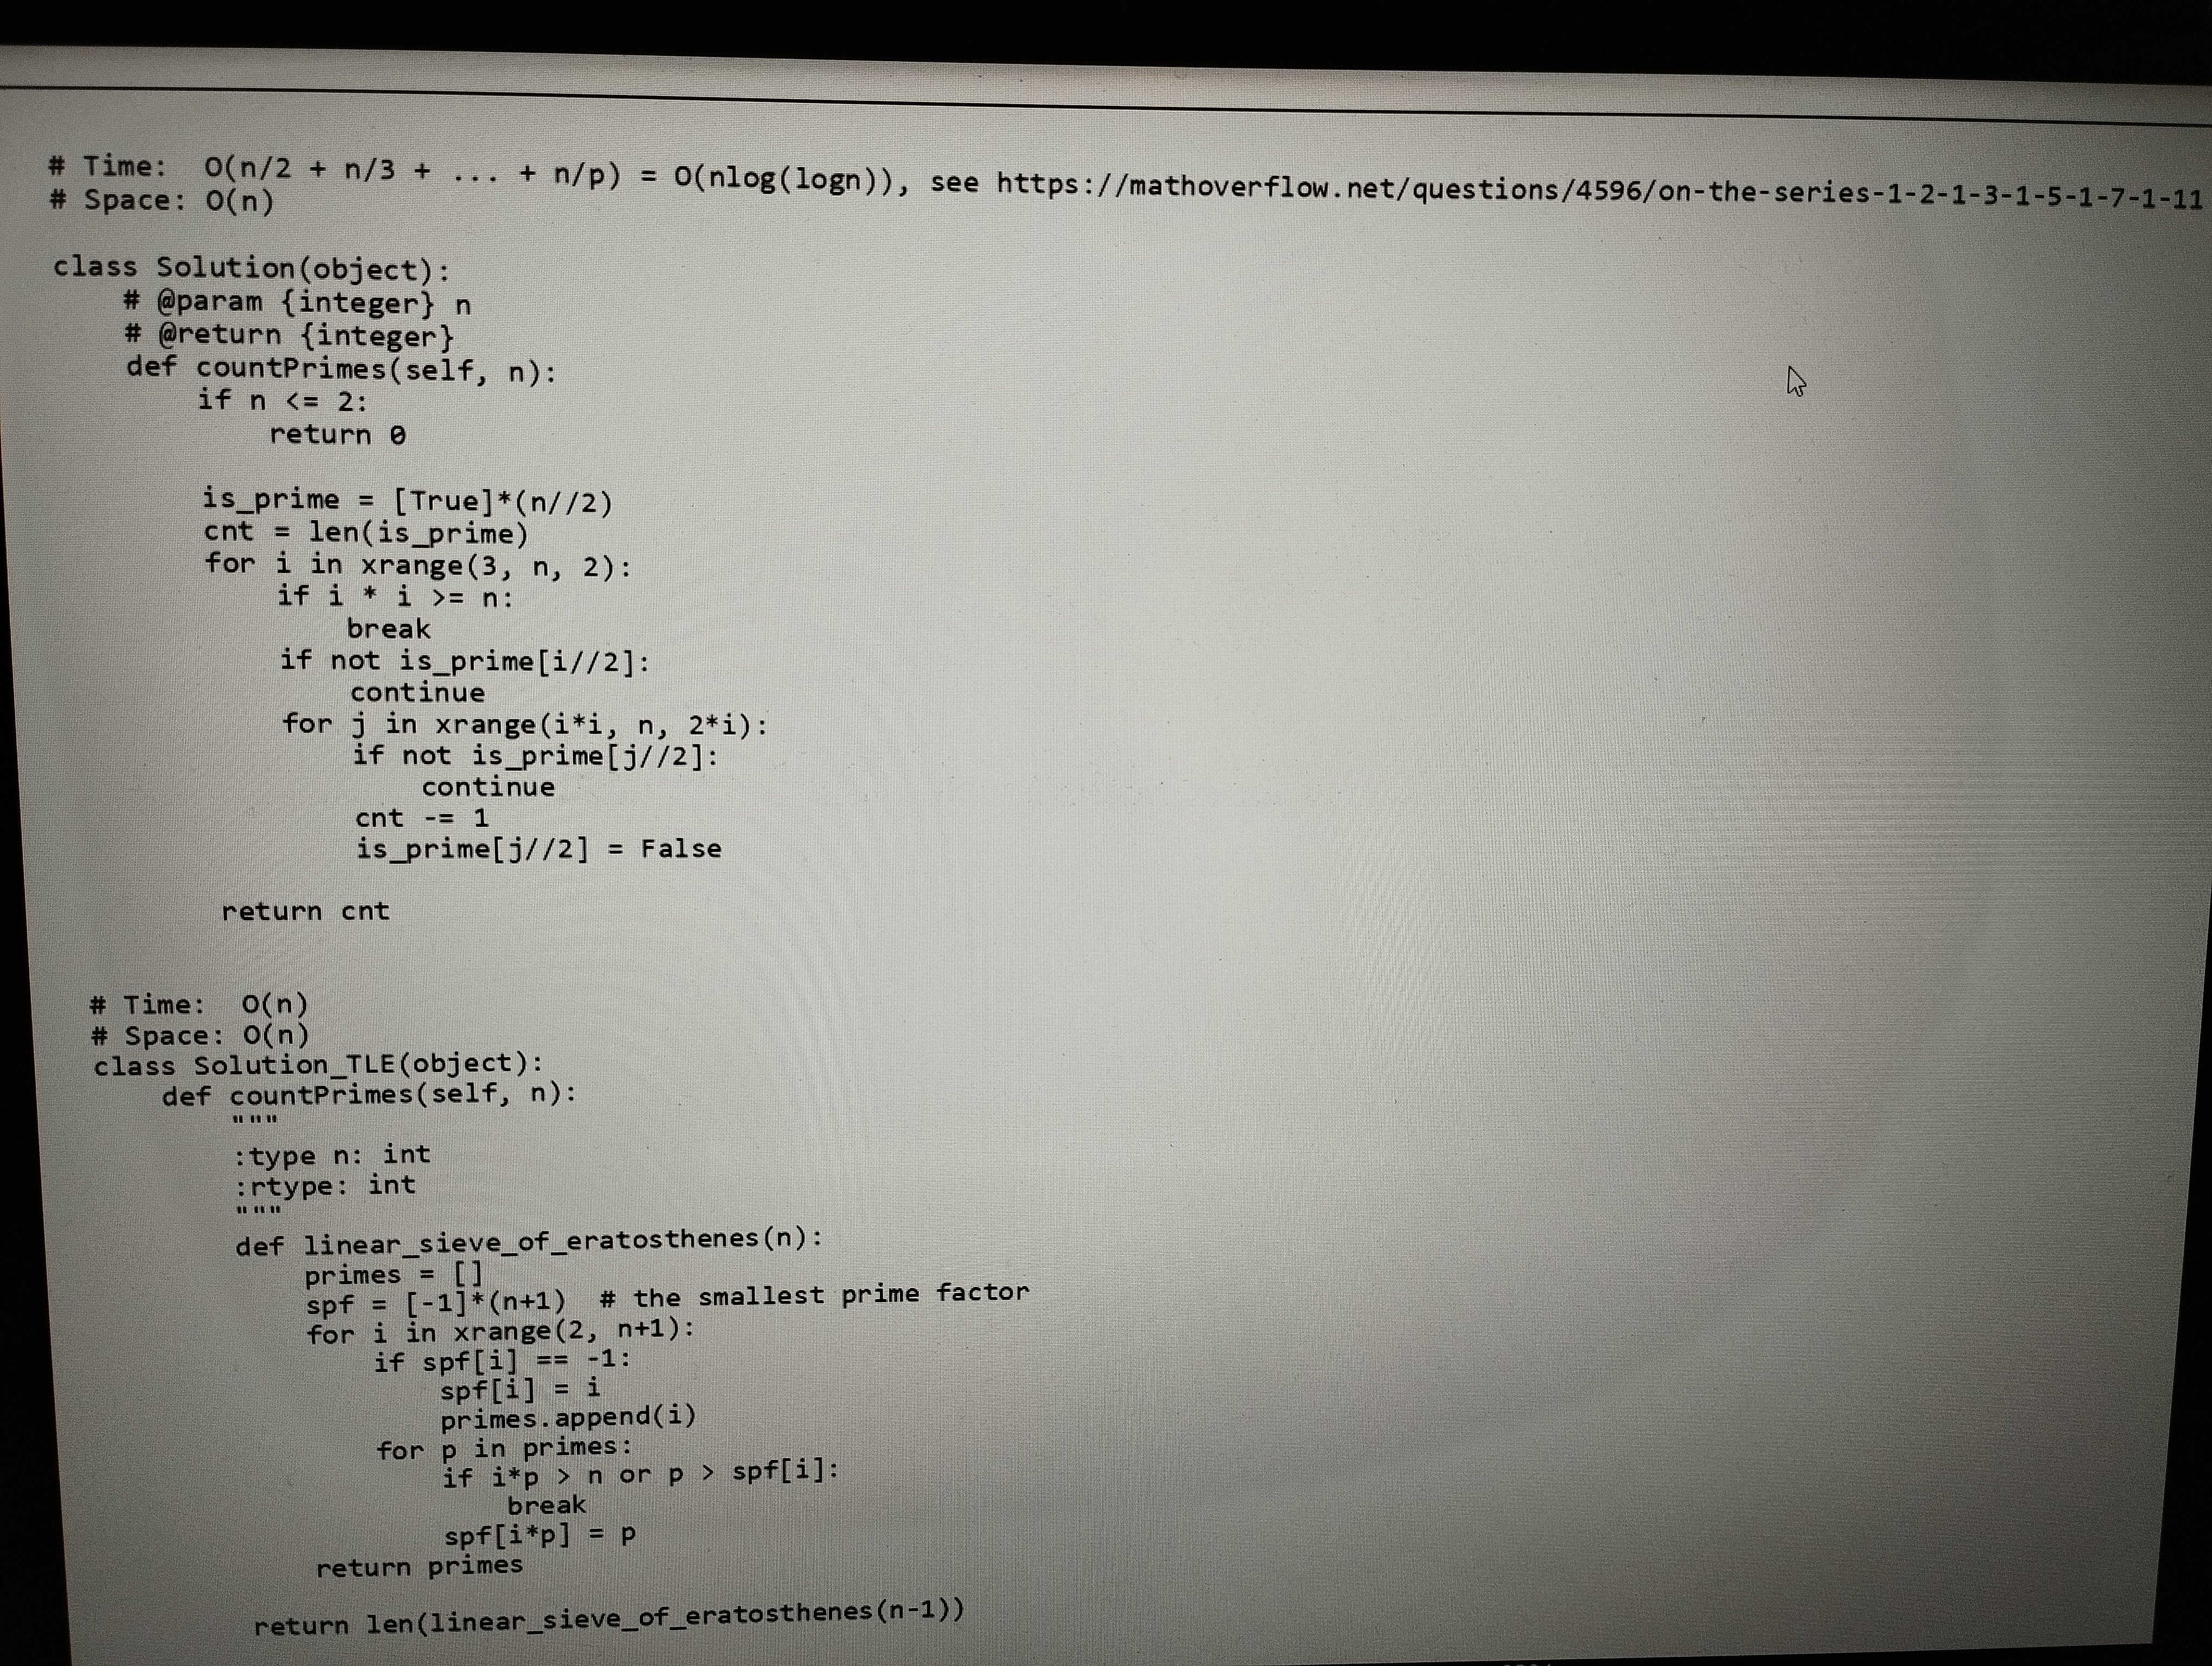
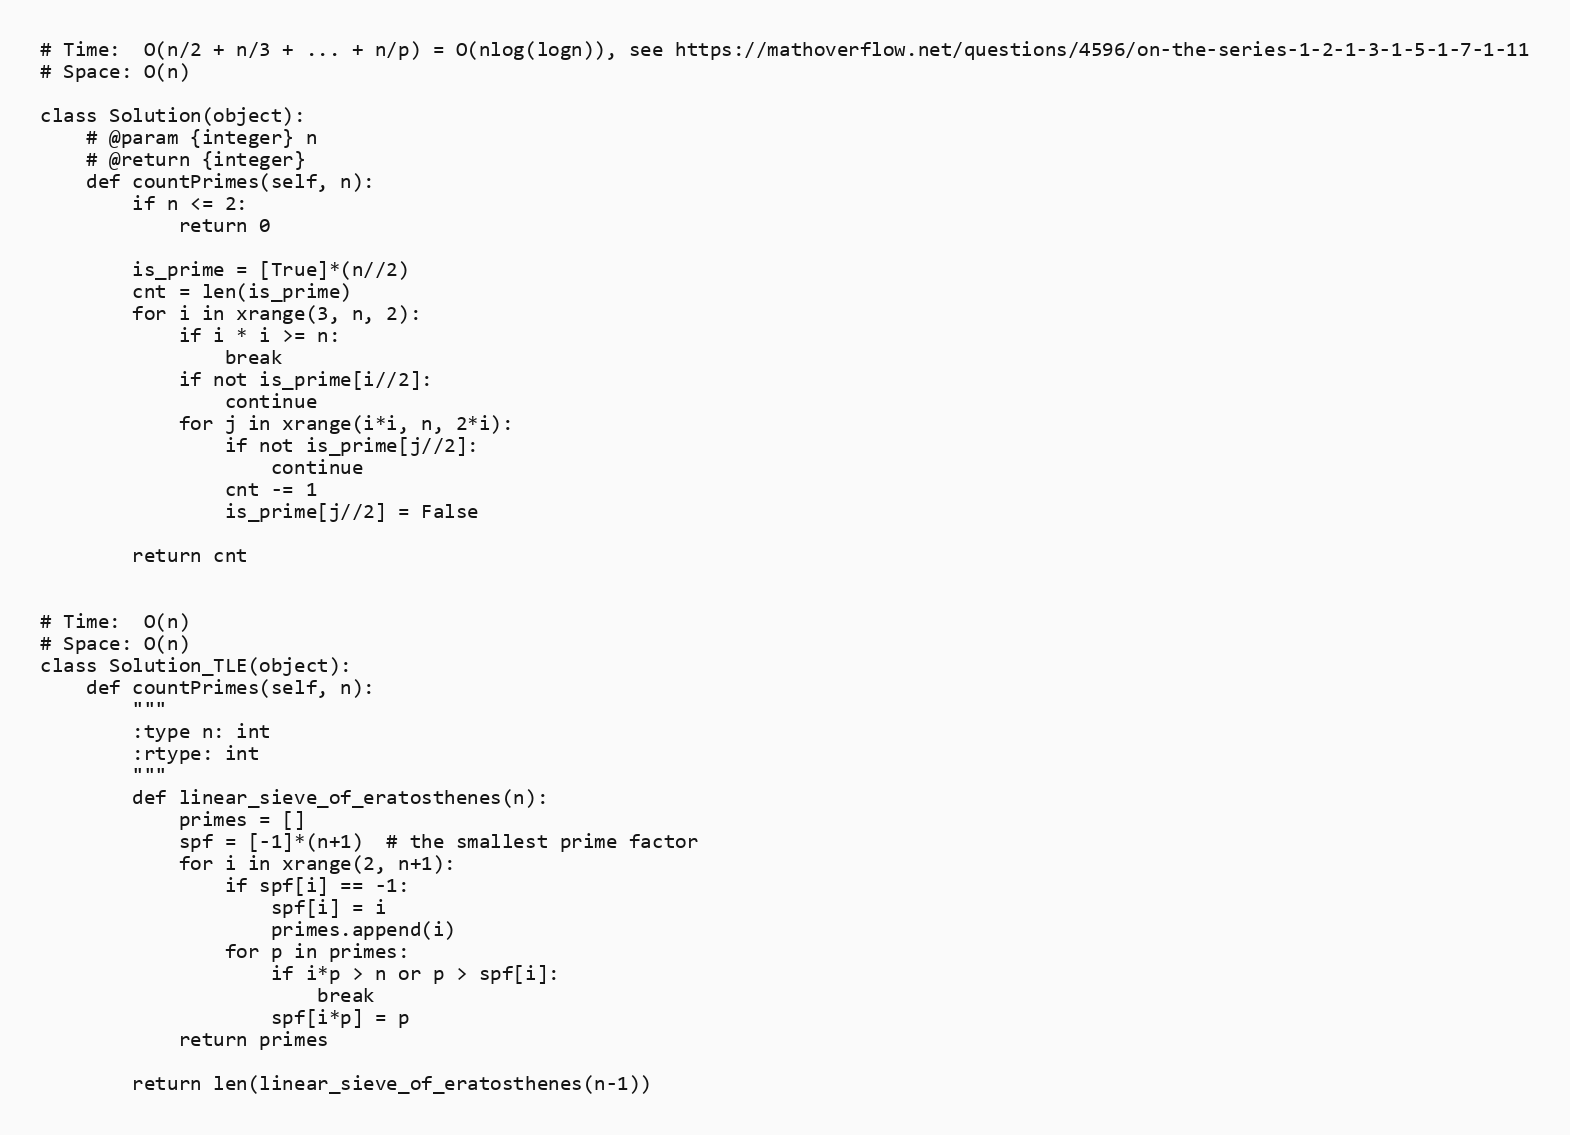
# Time:  O(n/2 + n/3 + ... + n/p) = O(nlog(logn)), see https://mathoverflow.net/questions/4596/on-the-series-1-2-1-3-1-5-1-7-1-11
# Space: O(n)

class Solution(object):
    # @param {integer} n
    # @return {integer}
    def countPrimes(self, n):
        if n <= 2:
            return 0

        is_prime = [True]*(n//2)
        cnt = len(is_prime)
        for i in xrange(3, n, 2):
            if i * i >= n:
                break
            if not is_prime[i//2]:
                continue
            for j in xrange(i*i, n, 2*i):
                if not is_prime[j//2]:
                    continue
                cnt -= 1
                is_prime[j//2] = False

        return cnt

# Time:  O(n)
# Space: O(n)
class Solution_TLE(object):
    def countPrimes(self, n):
        """
        :type n: int
        :rtype: int
        """
        def linear_sieve_of_eratosthenes(n):
            primes = []
            spf = [-1]*(n+1)  # the smallest prime factor
            for i in xrange(2, n+1):
                if spf[i] == -1:
                    spf[i] = i
                    primes.append(i)
                for p in primes:
                    if i*p > n or p > spf[i]:
                        break
                    spf[i*p] = p
            return primes

        return len(linear_sieve_of_eratosthenes(n-1))